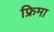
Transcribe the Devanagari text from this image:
फ्रिमा